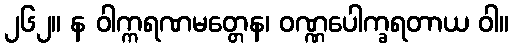
၂၆၂။ န ဝါက္ကရဏမတ္တေန၊ ဝဏ္ဏပေါက္ခရတာယ ဝါ။